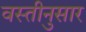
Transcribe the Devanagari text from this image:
वस्तीनुसार